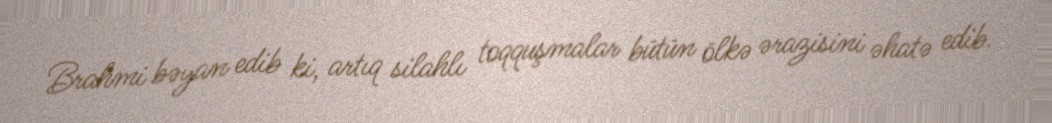
Brahmi bəyan edib ki, artıq silahlı toqquşmalar bütün ölkə ərazisini əhatə edib.